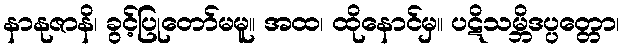
နာနုဇာနိ၊ ခွင့်ပြုတော်မမူ။ အထ၊ ထိုနောင်မှ။ ပဋိသမ္ဘိဒပ္ပတ္တော၊